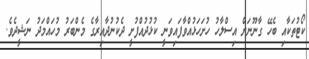
ކޯޓުތަކާއި ބެހޭ ގާނޫނަށް އިސްލާހު ހުށަހަޅުއްވާފައިވަނީ ކުޅުދުއްފުށީ ދެކުނުދާއިރާގެ މެންބަރު މުހައްމަދު ނަޝީދެވެ.